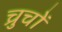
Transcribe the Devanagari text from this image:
च्रुचों